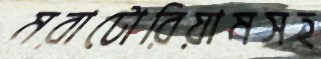
মরাটোরিয়ামসহ